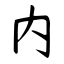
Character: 内